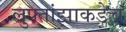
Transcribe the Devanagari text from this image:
लुफ्तांझाकडेच